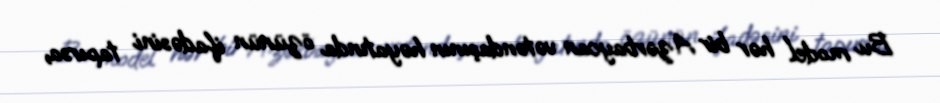
Bu model hər bir Azərbaycan vətəndaşının həyatında özünün ifadəsini tapırsa,